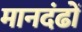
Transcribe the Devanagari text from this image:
मानदंढों